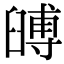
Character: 𦦐